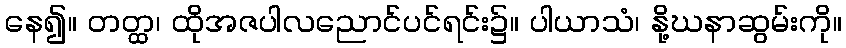
နေ၍။ တတ္ထ၊ ထိုအဇပါလညောင်ပင်ရင်း၌။ ပါယာသံ၊ နို့ဃနာဆွမ်းကို။